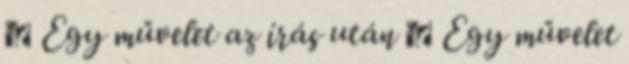
● Egy művelet az írás után ● Egy művelet